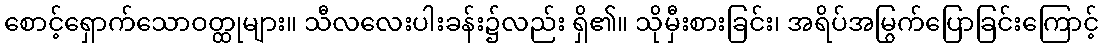
စောင့်ရှောက်သောဝတ္ထုများ။ သီလလေးပါးခန်း၌လည်း ရှိ၏။ သိုမှီးစားခြင်း၊ အရိပ်အမြွက်ပြောခြင်းကြောင့်